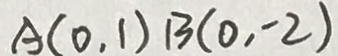
A ( 0 , 1 ) B ( 0 , - 2 )